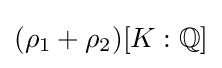
(\rho _{1}+\rho _{2})[K:\mathbb {Q} ]